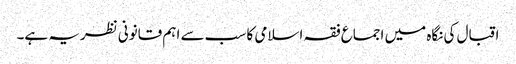
اقبال کی نگاہ میں اجماع فقہ اسلامی کا سب سے اہم قانونی نظریہ ہے۔